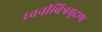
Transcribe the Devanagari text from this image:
ध्वनीचित्रमुद्रण